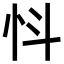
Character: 𢗸